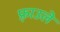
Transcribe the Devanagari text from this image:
फ़्राउले